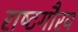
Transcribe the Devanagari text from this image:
राष्‍टगौरव